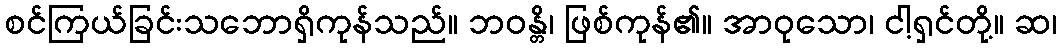
စင်ကြယ်ခြင်းသဘောရှိကုန်သည်။ ဘဝန္တိ၊ ဖြစ်ကုန်၏။ အာဝုသော၊ ငါ့ရှင်တို့။ ဆ၊